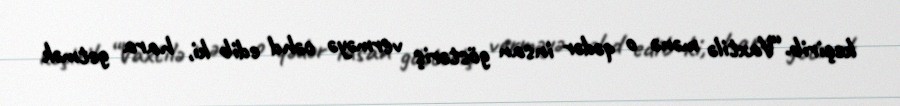
keçirib.“Vaxtilə mənə o qədər insan göstəriş verməyə cəhd edib ki, hara getmək